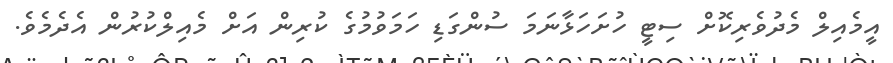
އީމެއިލް މެދުވެރިކޮށް ސިޓީ ހުށަހަޅާނަމަ ސުންގަޑި ހަމަވުމުގެ ކުރިން އަށް މެއިލްކުރުން އެދެމެވެ.